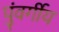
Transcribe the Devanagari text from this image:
पुंवर्गीय